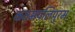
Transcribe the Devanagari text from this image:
कतमपलिपुरम